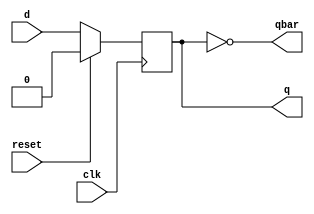
`timescale 1ns / 1ps
//////////////////////////////////////////////////////////////////////////////////
// Company: 
// Engineer: 
// 
// Design Name: 
// Module Name:    dff 
// Project Name: 
// Target Devices: 
// Tool versions: 
// Description: 
//
// Dependencies: 
//
// Revision: 
// Revision 0.01 - File Created
// Additional Comments: 
//
//////////////////////////////////////////////////////////////////////////////////
module dff (q,qbar,d,reset, clk);
input d,reset, clk;
output reg q; 
output qbar;
//assign qbar = ~q;
not g(qbar,q);

always@(posedge clk)
begin

if (reset == 1) q<=1'b0;
else q<=d;

end
endmodule